Triennial report on the lunatic asylums in the province of Eastern Bengal and Assam - 1903-1911
Year: 1903
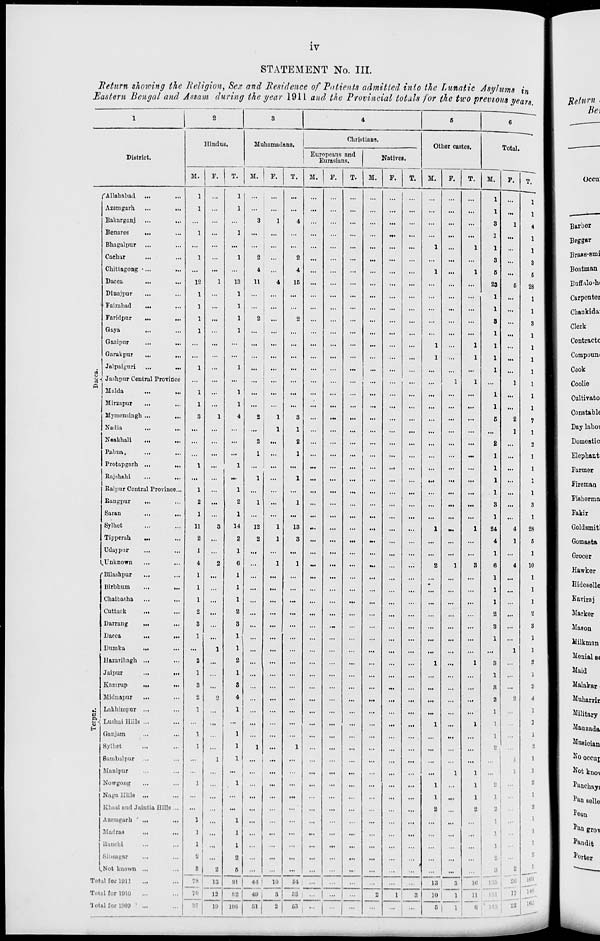
iv
STATEMENT No. III.
Return showing the Religion, Sex and Residence of Patients admitted into the Lunatic Asylums in
Eastern Bengal and Assam during the year 1911 and the Provincial totals for the two previous years.
1
District.
Dacca.
Tezpur.
Allahabad ... ...
Azemgarh
...
...
Bakarganj
...
...
Benares
... ...
Bhagalpur ... ...
Cachar
... ...
Chittagong ... ...
Dacca ... ...
Dinajpur ... ...
Faizabad
...
...
Faridpur
...
...
Gaya ... ...
Gazipur ... ...
Garakpur
...
...
Jalpaiguri
...
...
Jashpur Central Province
Malda
...
...
Mirzapur
... ...
Mymensingh ...
...
Nadia ... ...
Noakhali
...
...
Pabna. ... ...
Protapgarh
... ...
Rajshahi
...
...
Raipur Central Province...
Rangpur ... ...
Saran
...
...
Sylhet ... ...
Tipperah
...
...
Udaypur ... ...
Unknown ... ...
Bilashpur
... ...
Birbhum
...
...
Chalbasha ... ...
Cuttack
... ...
Darrang
...
...
Dacca
...
...
Dumka
... ...
Hazaribagh ... ...
Jaipur
...
...
Kamrup ... ...
Midnapur ... ...
Lakhimpur ... ...
Lushai Hills ... ...
Ganjam ... ...
Sylhet ... ...
Sambalpur ... ...
Manipur ... ...
Nowgong ... ...
Naga Hills ... ...
Khasi and Jaintia Hills ...
Azemgarh
... ...
Madras
...
...
Ranchi ... ...
Sibsagar ... ...
Not known ... ...
Total for 1911 ... ...
Total for 1910 ... ...
Total for 1909 ... ...
2
Hindus.
M.
1
1
...
1
...
1
...
12
1
1
1
1
...
...
1
...
1
1
3
...
...
...
1
...
1
2
1
11
2
1
4
1
1
1
2
3
1
...
2
1
3
2
1
...
1
1
...
...
1
...
...
1
1
1
2
3
78
70
87
F.
...
...
...
...
...
...
...
1
...
...
...
...
...
...
...
...
...
...
1
...
...
...
...
...
...
...
...
3
...
...
2
...
...
...
...
...
...
1
...
...
...
2
...
...
...
...
1
...
...
...
...
...
...
...
...
2
13
12
19
T.
1
1
...
1
...
1
...
13
1
1
1
1
...
...
1
...
1
1
4
...
...
...
1
...
1
2
1
14
2
1
6
1
1
1
2
3
1
1
2
1
3
4
1
...
1
1
1
...
1
...
...
1
1
1
2
5
91
82
106
3
Muhamadans.
M.
...
...
3
...
...
2
4
11
...
...
2
...
...
...
...
...
...
...
2
...
2
1
...
1
...
1
...
12
2
...
...
...
...
...
...
...
...
...
...
...
...
...
...
...
...
1
...
...
...
...
...
...
...
...
...
...
44
49
51
F.
...
...
1
...
...
...
...
4
...
...
...
...
...
...
...
...
...
...
1
1
...
...
...
...
...
...
...
1
1
...
1
...
...
...
...
...
...
...
...
...
...
...
...
...
...
...
...
...
...
...
...
...
...
...
...
...
10
3
2
T.
...
...
4
...
...
2
4
15
...
...
2
...
...
...
...
...
...
...
3
1
2
1
...
1
...
1
...
13
3
...
1
...
...
...
...
...
...
...
...
...
...
...
...
...
...
1
...
...
...
...
...
...
...
...
...
...
54
52
53
4
Christians.
Europeans and
Eurasians.
M.
...
...
...
...
...
...
...
...
...
...
...
...
...
...
...
...
...
...
...
...
...
...
...
...
...
...
...
...
...
...
...
...
...
...
...
...
...
...
...
...
...
...
...
...
...
...
...
...
...
...
...
...
...
...
...
...
...
...
...
F.
...
...
...
...
...
...
...
...
...
...
...
...
...
...
...
...
...
...
...
...
...
...
...
...
...
...
...
...
...
...
...
...
...
...
...
...
...
...
...
...
...
...
...
...
...
...
...
...
...
...
...
...
...
...
...
...
...
...
...
T.
...
...
...
...
...
...
...
...
...
...
...
...
...
...
...
...
...
...
...
...
...
...
...
...
...
...
...
...
...
...
...
...
...
...
...
...
...
...
...
...
...
...
...
...
...
...
...
...
...
...
...
...
...
...
...
...
...
...
...
Natives.
M.
...
...
...
...
...
...
...
...
...
...
...
...
...
...
...
...
...
...
...
...
...
...
...
...
...
...
...
...
...
...
...
...
...
...
...
...
...
...
...
...
...
...
...
...
...
...
...
...
...
...
...
...
...
...
...
...
...
2
...
F.
...
...
...
...
...
...
...
...
...
...
...
...
...
...
...
...
...
...
...
...
...
...
...
...
...
...
...
...
...
...
...
...
...
...
...
...
...
...
...
...
...
...
...
...
...
...
...
...
...
...
...
...
...
...
...
...
...
1
...
T.
...
...
...
...
...
...
...
...
...
...
...
...
...
...
...
...
...
...
...
...
...
...
...
...
...
...
...
...
...
...
...
...
...
...
...
...
...
...
...
...
...
...
...
...
...
...
...
...
...
...
...
...
...
...
...
...
3
...
5
Other castes.
M.
...
...
...
...
1
...
1
...
...
...
...
...
1
1
...
...
...
...
...
...
...
...
...
...
...
...
...
1
...
...
2
...
...
...
...
...
...
...
1
...
...
...
...
1
...
...
...
...
1
1
2
...
...
...
...
...
13
10
5
F.
...
...
...
...
...
...
...
...
...
...
...
...
...
...
...
1
...
...
...
...
...
...
...
...
...
...
...
...
...
...
1
...
...
...
...
...
...
...
...
...
...
...
...
...
...
...
...
1
...
...
...
...
...
...
...
...
3
1
1
T.
...
...
...
...
1
...
1
...
...
...
...
...
1
1
...
1
...
...
...
...
...
...
...
...
...
...
...
1
...
...
3
...
...
...
...
...
...
...
1
...
...
...
...
1
...
...
...
1
1
1
2
...
...
...
...
...
16
11
6
6
Total.
M.
1
1
3
1
1
3
5
23
1
1
3
1
1
1
1
...
1
1
5
...
2
1
1
1
1
3
1
24
4
1
6
1
1
1
2
3
1
...
3
1
3
2
1
1
1
2
...
1
2
1
2
1
1
1
2
3
135
131
143
F.
...
...
1
...
...
...
...
5
...
...
...
...
...
...
...
1
...
...
2
1
...
...
...
...
...
...
...
4
1
...
4
...
...
...
...
...
...
1
...
...
...
2
...
...
...
...
1
...
...
...
...
...
...
...
...
2
26
18
22
T.
1
1
4
1
1
3
5
28
1
1
3
1
1
1
1
1
1
1
7
1
2
1
1
1
1
3
1
28
5
1
10
1
1
1
2
3
1
1
3
1
3
4
1
1
1
2
1
1
2
1
2
1
1
1
2
5
161
148
165